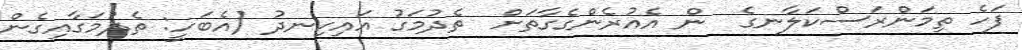
ފަހެ ތިމަންރަސްކަލާނގެ  ން އެއުރެންގެގާތަށް  ތެދުމަގު އައިހިނދު (އެބަހީ: ތެދުމަގާއިގެން